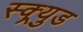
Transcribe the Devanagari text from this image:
स्क्र्युड